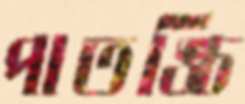
পাতঙ্চি